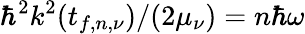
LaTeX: \hbar^{2}k^{2}(t_{f,n,\nu})/(2\mu_{\nu})=n\hbar\omega